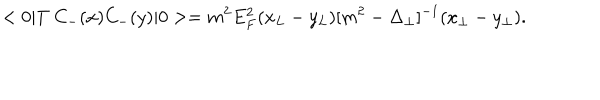
LaTeX: < 0 | T \ C _ { - } ( x ) C _ { - } ( y ) | 0 > = m ^ { 2 } E _ { F } ^ { 2 } ( x _ { L } - y _ { L } ) [ m ^ { 2 } - \Delta _ { \perp } ] ^ { - 1 } ( x _ { \perp } - y _ { \perp } ) .